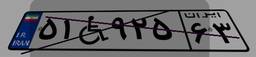
۵۱W۹۲۵۶۳